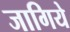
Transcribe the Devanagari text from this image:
जागिये